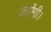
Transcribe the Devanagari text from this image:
जाऐंगी।